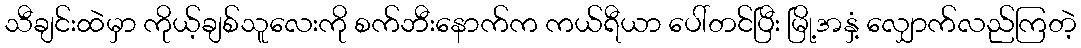
သီချင်းထဲမှာ ကိုယ့်ချစ်သူလေးကို စက်ဘီးနောက်က ကယ်ရီယာ ပေါ်တင်ပြီး မြို့အနှံ့ လျှောက်လည်ကြတဲ့